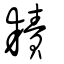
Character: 耫